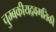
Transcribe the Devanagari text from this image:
चुम्बकीयद्रवगतिकी